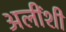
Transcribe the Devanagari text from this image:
अलींशी